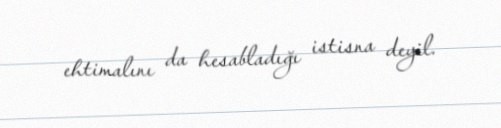
ehtimalını da hesabladığı istisna deyil.